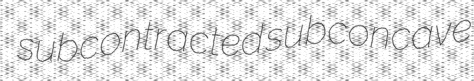
subcontracted subconcave